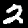
Label: 2